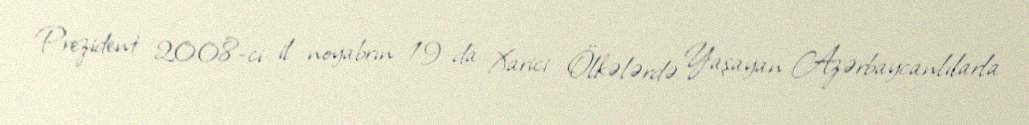
Prezident 2008-ci il noyabrın 19-da Xarici Ölkələrdə Yaşayan Azərbaycanlılarla